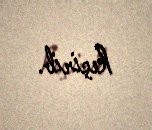
keçirib.